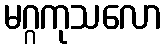
မဂ္ဂကုသလော